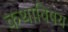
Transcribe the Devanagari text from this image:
कथाविषय